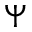
\Psi